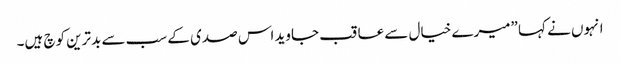
انہوں نے کہا ”میرے خیال سے عاقب جاوید اس صدی کے سب سے بدترین کوچ ہیں۔